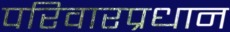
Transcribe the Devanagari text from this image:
परिवारप्रधान